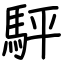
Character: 駍